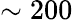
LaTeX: \sim 200